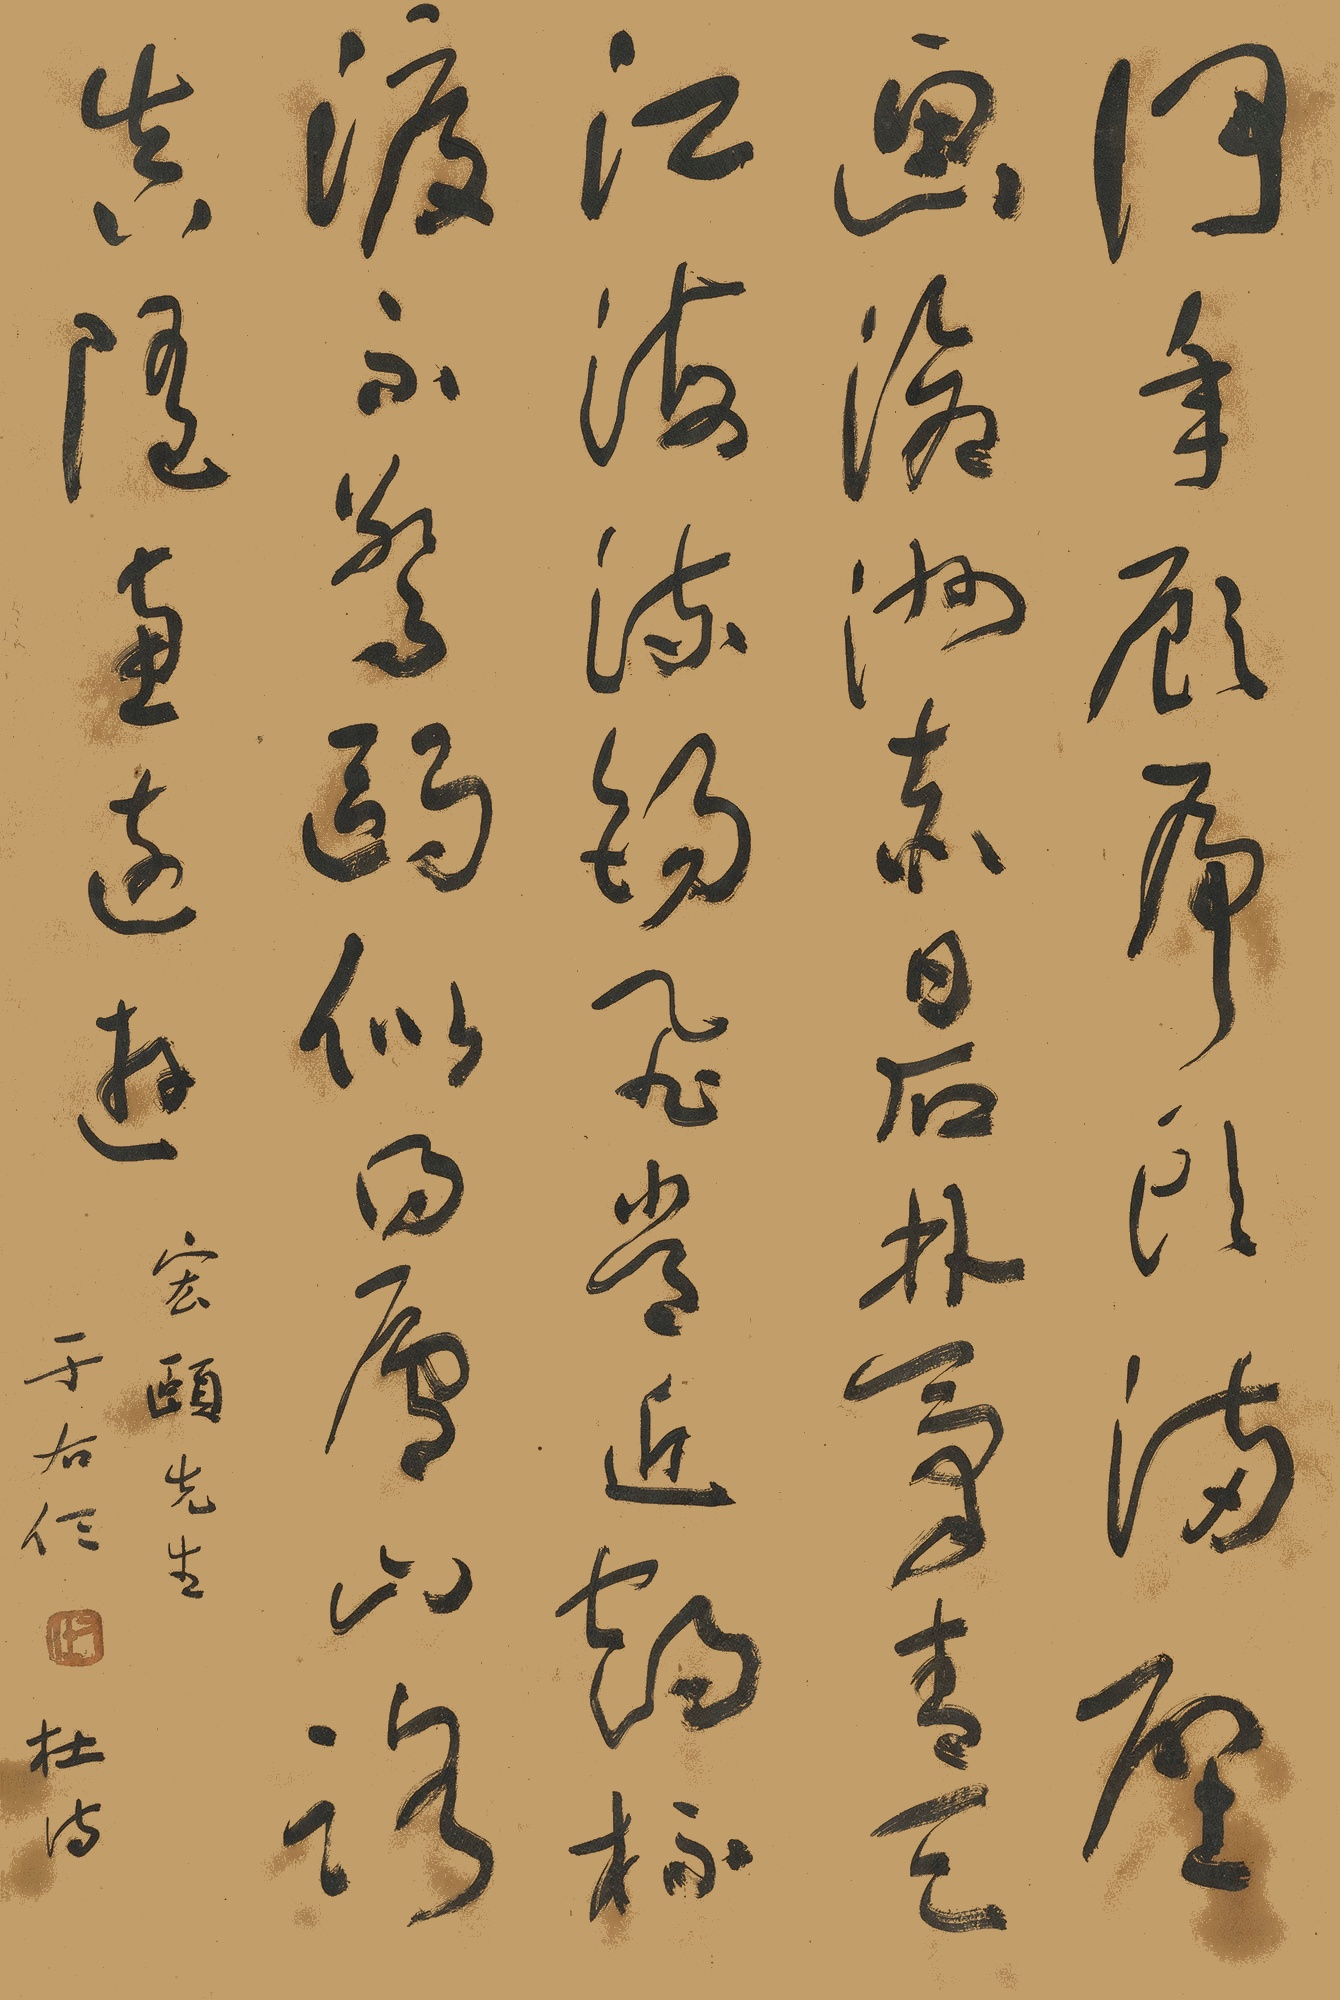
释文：何年顾虎头，满壁画沧洲。赤日石林气，青天江海流。锡飞常近鹤，杯渡不惊鸥。似得庐山路，真随惠远游。宏颐先生。于右任。杜诗。